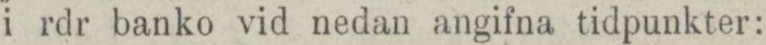
i rdr banko vid nedan angifna tidpunkter: